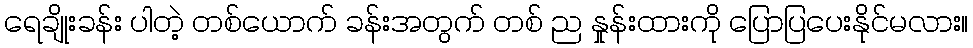
ရေချိုးခန်း ပါတဲ့ တစ်ယောက် ခန်းအတွက် တစ် ည နှုန်းထားကို ပြောပြပေးနိုင်မလား။